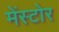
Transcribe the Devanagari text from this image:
मेंस्टोर